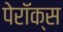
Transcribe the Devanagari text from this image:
पेरॉक्स